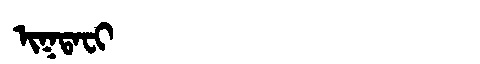
Manchu: ᡳᡴᡨᠠᠸᡳ
Romanization: IKTAFI